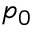
p _ { 0 }